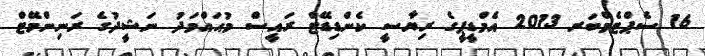
16 ސެޕްޓެމްބަރ 2013 އެމްޑީޕީގެ ރިޔާސީ ކެންޑިޑޭޓް ރައީސް މުޙައްމަދު ނަޝީދުގެ ރަނިންމޭޓް